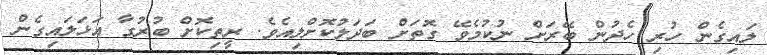
ލައިގެން ހުރި ހެދުން ބޭރަށް ނުކުމެވޭ ގޮތަށް ބަދަލުކޮށްލިއެވެ. ރީތިކޮށް ބުރުގާ އަޅަލައިގެން